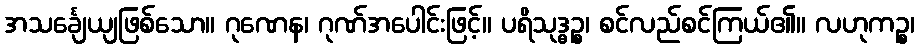
အသင်္ချေယျဖြစ်သော။ ဂုဏေန၊ ဂုဏ်အပေါင်းဖြင့်။ ပရိသုဒ္ဓဉ္စ၊ စင်လည်စင်ကြယ်၏။ လဟုကဉ္စ၊